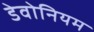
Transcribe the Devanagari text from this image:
डेवोनियम